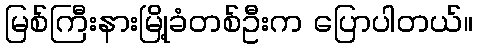
မြစ်ကြီးနားမြို့ခံတစ်ဦးက ပြောပါတယ်။